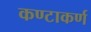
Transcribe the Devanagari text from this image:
कण्टाकर्ण